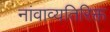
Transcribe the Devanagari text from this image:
नांवाव्यतिरिक्त